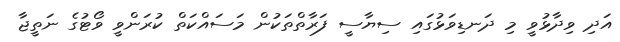
އަދި ވިދާޅުވީ މި ދަނޑިވަޅުގައި ސިޔާސީ ފަރާތްތަކުން މަސައްކަތް ކުރަންވީ ވޯޓުގެ ނަތީޖާ